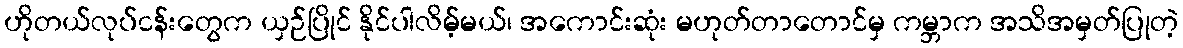
ဟိုတယ်လုပ်ငန်းတွေက ယှဉ်ပြိုင် နိုင်ပါလိမ့်မယ်၊ အကောင်းဆုံး မဟုတ်တာတောင်မှ ကမ္ဘာက အသိအမှတ်ပြုတဲ့